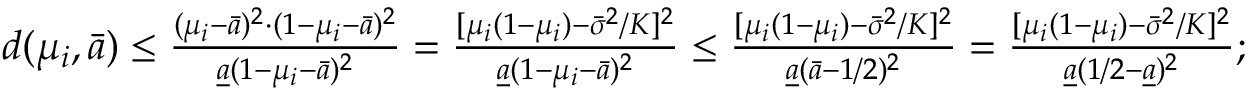
\begin{array} { r } { d ( \mu _ { i } , \bar { a } ) \le \frac { ( \mu _ { i } - \bar { a } ) ^ { 2 } \cdot ( 1 - \mu _ { i } - \bar { a } ) ^ { 2 } } { \underline { { a } } ( 1 - \mu _ { i } - \bar { a } ) ^ { 2 } } = \frac { [ \mu _ { i } ( 1 - \mu _ { i } ) - \bar { \sigma } ^ { 2 } / K ] ^ { 2 } } { \underline { { a } } ( 1 - \mu _ { i } - \bar { a } ) ^ { 2 } } \le \frac { [ \mu _ { i } ( 1 - \mu _ { i } ) - \bar { \sigma } ^ { 2 } / K ] ^ { 2 } } { \underline { { a } } ( \bar { a } - 1 / 2 ) ^ { 2 } } = \frac { [ \mu _ { i } ( 1 - \mu _ { i } ) - \bar { \sigma } ^ { 2 } / K ] ^ { 2 } } { \underline { { a } } ( 1 / 2 - \underline { { a } } ) ^ { 2 } } ; } \end{array}